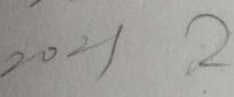
2 0 2 1 2